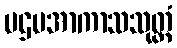
ပဌမအာကာသသုတ္တံ